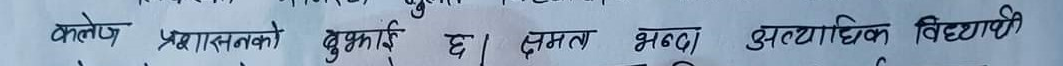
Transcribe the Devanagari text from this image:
कलेज प्रशासनको बुझाई छ । क्षमता भन्दा अत्यधिक विद्यार्थी